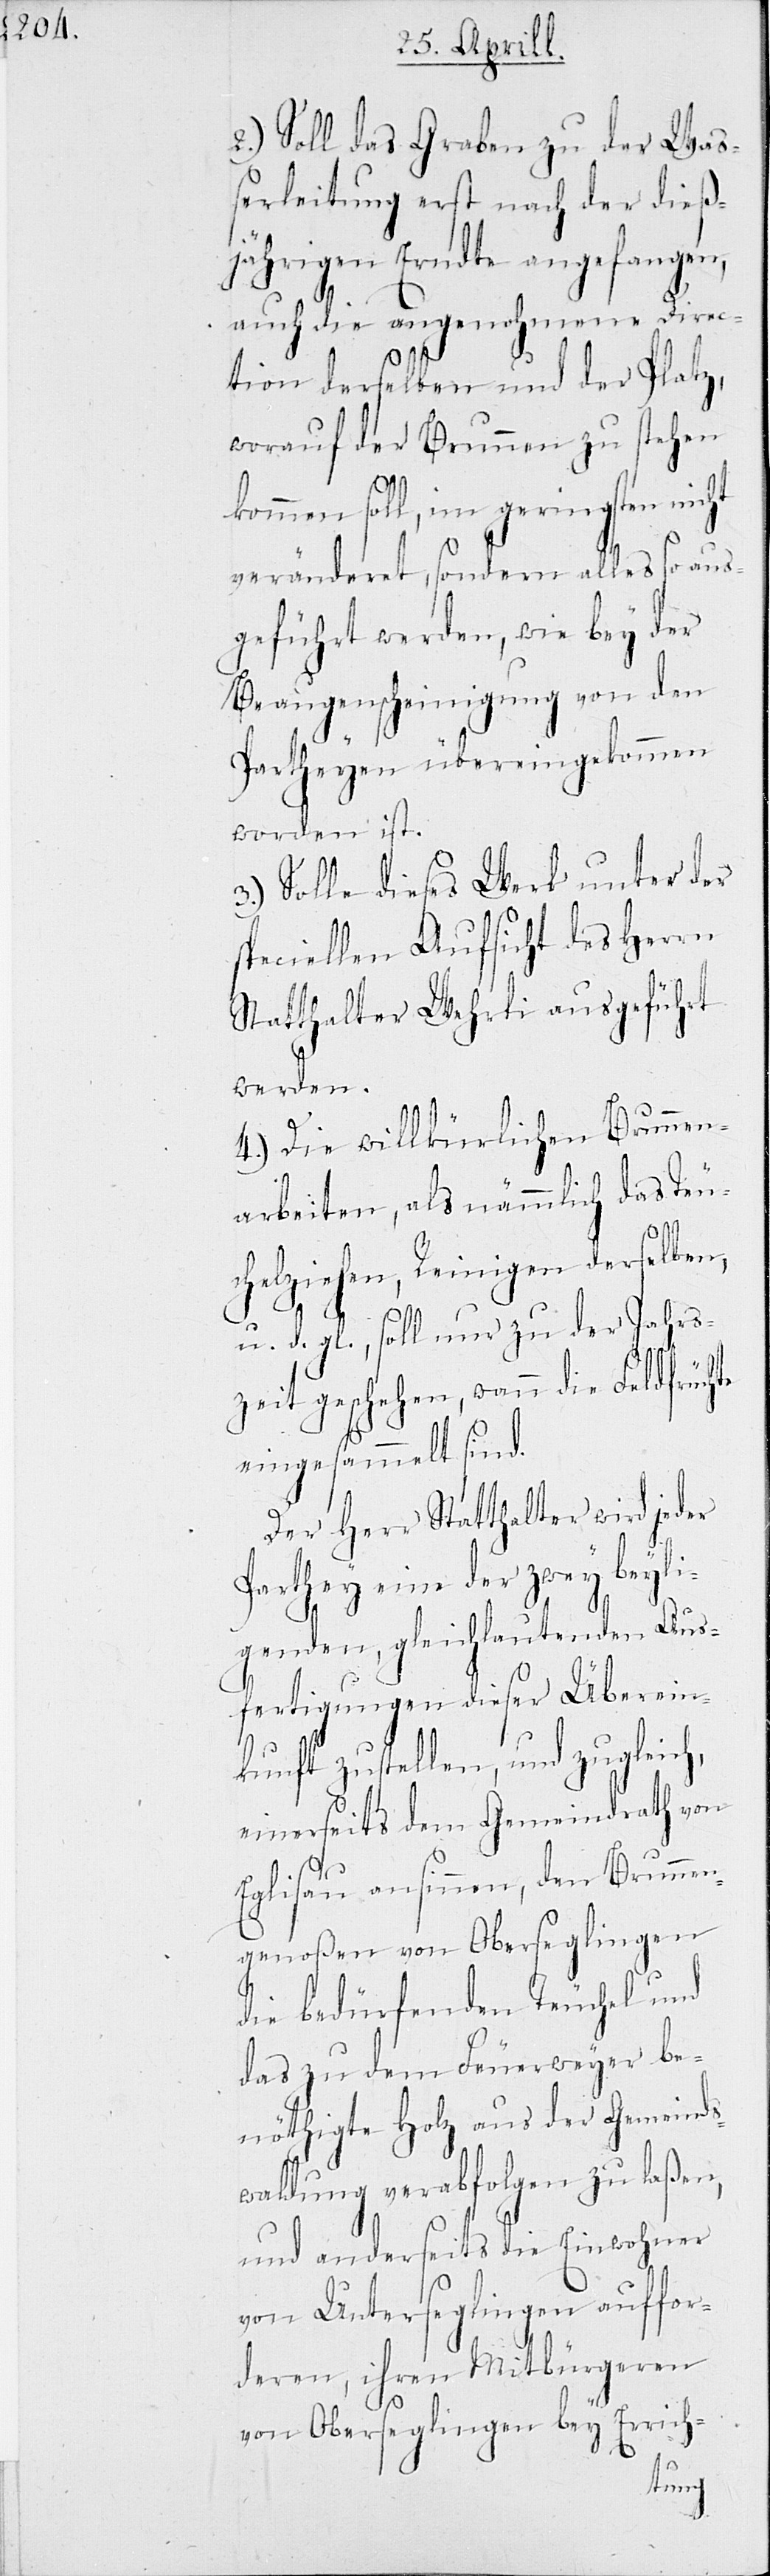
2.) Soll das Graben zu der Waß¬
erleitung erst nach der dieß¬
jährigen Erndte angefangen,
auch die angenohmene Direc¬
tion derselben und der Platz,
worauf der Brunnen zu stehen
kommen soll, im geringsten nic¬
veränderet, sondern alles so aus¬
geführt werden, wie bey der
Beaugenscheinigung von den
Partheyen übereingekommen
worden ist.
3.) Solle dieses Werk unter der
speciellen Aufsicht des Herrn
Statthalter Wehrli ausgeführt
werden.
4.) Die willkürlichen Brunnen¬
arbeiten, als nämmlich das Teu¬
ht
chelziehen, Reinigen derselben,
u. d. gl., soll nur zu der Jahres¬
zeit geschehen, wann die Feldfrüchte
eingesammelt sind.
Der Herr Statthalter wird jeder
Parthey eine der zwey beyli¬
genden, gleichlautenden Aus¬
fertigungen dieser Überein¬
kunft zustellen, und zugleich,
einerseits dem Gemeindrath von
Eglisau ansinnen, den Brunnen¬
genoßen von Oberseglingen
die bedürfenden Teuchel und
das zu dem Feuerweyer be¬
nöthigte Holz aus der Gemeinds¬
waldung verabfolgen zu laßen,
und anderseits die Einwohner
von Unterseglingen auffor¬
deren, ihren Mitbürgeren
von Oberseglingen bey Errich-